Punjab Mental Hospital Lahore 1932-46 - 1932-1946
Year: 1932
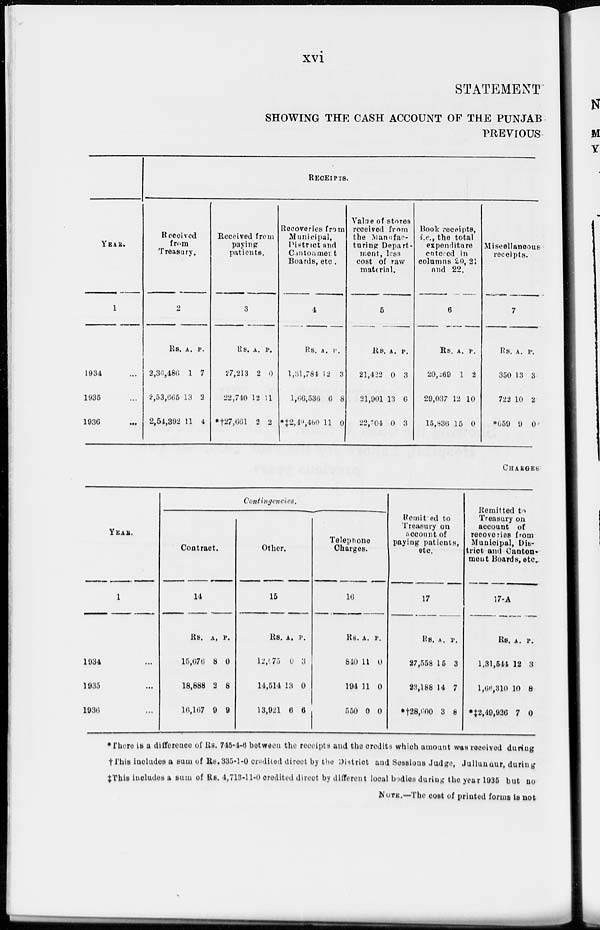
xvi
STATEMENT
SHOWING THE CASH ACCOUNT OF THE PUNJAB
PREVIOUS
YEAR.
1
1934 ...
1935 ...
1936 ...
RECEIPTS.
Received
from
Treasury.
2
Rs.
2,36,486
2,53,665
2,54,392
A.
1
13
11
P.
7
2
4
Received from
paying
patients.
3
Rs.
27,213
22,740
*†27,661
A.
2
12
2
P.
0
11
2
Recoveries from
Municipal,
District and
Cantonment
Boards, etc.
4
Rs.
1,31,784
1,66,536
*‡2,49,460
A.
12
6
11
P.
3
8
0
Value of stores
received from
the Manufac-
turing De pa r t me nt , less
cost of raw
material.
5
Rs.
21,422
21,901
22,704
A.
0
13
0
P.
3
6
3
Book receipts,
i.e., the total
expenditure
entered in
columns 20, 21
and 22.
6
Rs.
20,269
29,037
15,836
A.
1
12
15
P.
2
10
0
Miscellaneous
receipts.
7
Rs.
350
722
*659
A.
13
10
9
P.
3
2
0
CHARGES
YEAR.
1
1934 ...
1935 ...
1936 ...
Contingencies.
Contract.
14
Rs.
15,676
18,888
16,167
A.
8
2
9
P.
0
8
9
Other.
15
Rs.
12,675
14,514
13,921
A.
0
13
6
P.
3
0
6
Telephone
Charges.
16
Rs.
840
194
550
A.
11
11
0
P.
0
0
0
Remitted to
Treasury on
account of
paying patients,
etc.
17
Rs.
27,558
23,188
*†28,600
A.
15
14
3
P.
3
7
8
Remitted to
Treasury on
account of
recoveries from
Municipal, District and Cant onment Boards, etc.
17-A
Rs.
1,31,544
1,66,310
*‡2,49,926
A.
12
10
7
P.
3
8
0
* There is a difference of Rs. 745-4-6 between the receipts and the credits which amount was received during
† This includes a sum of Rs. 335-1-0 credited direct by the District and Sessions Judge, Jullundur, during
‡ This includes a sum of Rs. 4,713-11-0 credited direct by different local bodies during the year 1935 but no
NOTE.—The cost of printed forms is not